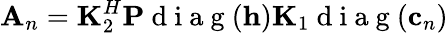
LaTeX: {{\mathbf A}_{n}}={\mathbf K}_{2}^{H}{\mathbf P}\mathrm{~d~i~a~g~}({\mathbf h}){\mathbf K}_{1}\mathrm{~d~i~a~g~}({\mathbf c}_{n})